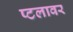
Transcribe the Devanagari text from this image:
प्टलावर